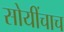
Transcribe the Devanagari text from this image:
सोयींचाच